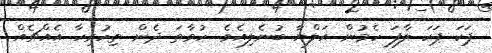
ޕަކަ ޕަކަ ލާފަ ހެމުން އަލްޔާ ބުނެލިއެވެ. ހުވާތަ ދެން ތިހުރިހާ އެއްޗެއް